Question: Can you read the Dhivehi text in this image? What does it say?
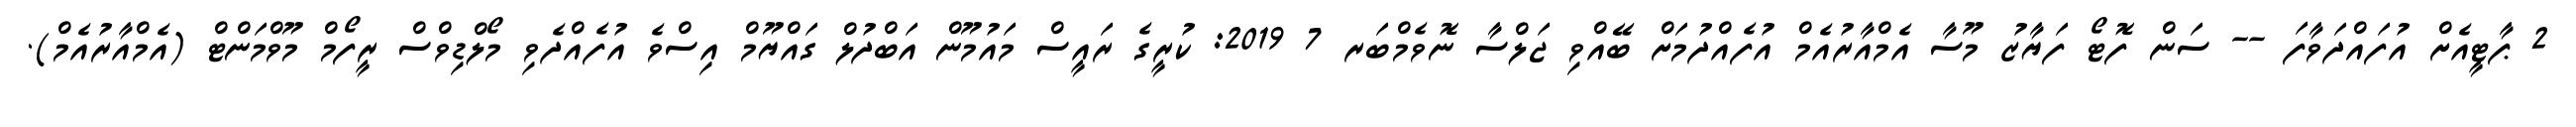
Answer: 2 ޕާޓީއެށް އުފައްދަވާފަ -- ސަން ފޮޓޯ ފަޔާޒު މޫސާ އެމްއާރުއެމް އުފެއްދުމަށް ބޭއްވި ޖަލްސާ ނޮވެމްބަރ 7 2019: ކުރީގެ ރައީސް މައުމޫން އަބްދުލް ގައްޔޫމް އިސްވެ އުފެއްދެވި މޯލްޑިވްސް ރީފޯމް މޫވްމަންޓް (އެމްއާރުއެމް).